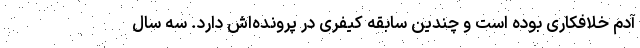
آدم خلافکاری بوده است و چندین سابقه کیفری در پرونده‌اش دارد. سه سال